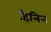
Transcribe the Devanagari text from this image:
हिनिन